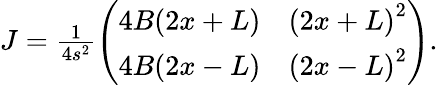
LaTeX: \begin{array}{r}{J=\frac 1{4s^{2}}\left(\begin{array}{cc}{4B(2x+L)}&{\left(2x+L\right)^{2}}\\ {4B(2x-L)}&{\left(2x-L\right)^{2}}\end{array}\right).}\end{array}